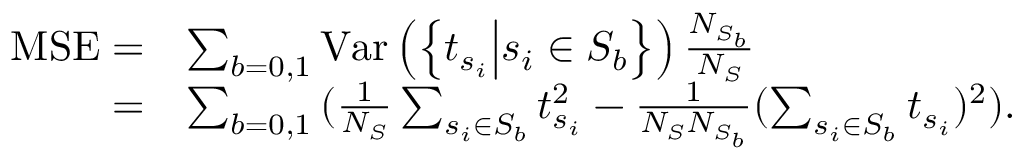
\begin{array} { r l } { \mathrm { M S E } = } & { \sum _ { b = 0 , 1 } { \mathrm { V a r } \left( \left\{ t _ { s _ { i } } \middle | s _ { i } \in S _ { b } \right\} \right) \frac { N _ { S _ { b } } } { N _ { S } } } } \\ { = } & { \sum _ { b = 0 , 1 } { ( \frac { 1 } { N _ { S } } \sum _ { s _ { i } \in S _ { b } } t _ { s _ { i } } ^ { 2 } - \frac { 1 } { N _ { S } N _ { S _ { b } } } ( \sum _ { s _ { i } \in S _ { b } } t _ { s _ { i } } ) ^ { 2 } ) } . } \end{array}